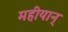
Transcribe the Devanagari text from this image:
महीयान्‌